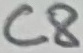
Text: C8